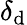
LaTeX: \delta_{\mathrm{d}}